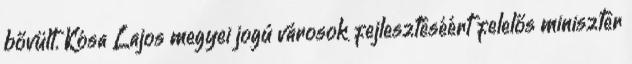
bővült. Kósa Lajos megyei jogú városok fejlesztéséért felelős miniszter